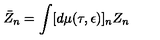
\bar { Z } _ { n } = \int [ d \mu ( \tau , \epsilon ) ] _ { n } Z _ { n } \,